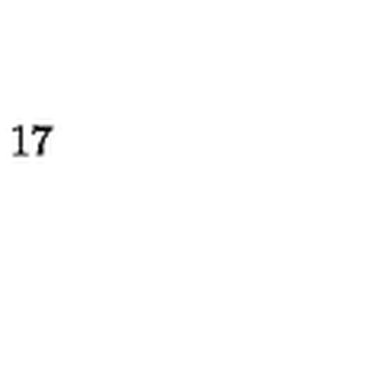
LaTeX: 1 7